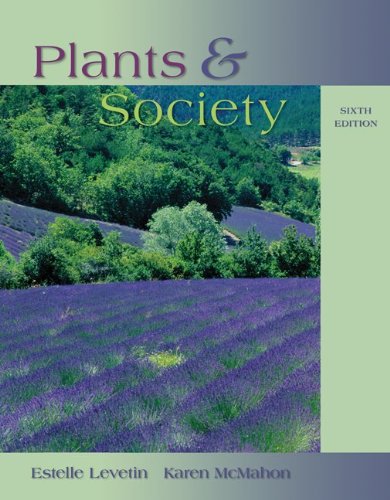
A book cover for Plants and Society; Estelle Levetin; Science & Math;